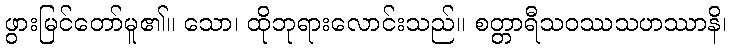
ဖွားမြင်တော်မူ၏။ သော၊ ထိုဘုရားလောင်းသည်။ စတ္တာရီသဝဿသဟဿာနိ၊